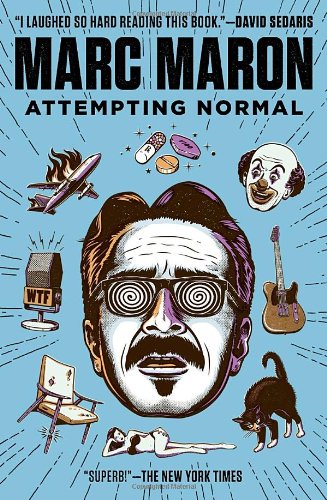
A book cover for Attempting Normal; Marc Maron; Humor & Entertainment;